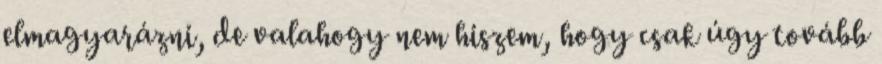
elmagyarázni, de valahogy nem hiszem, hogy csak úgy tovább